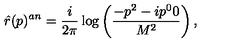
\hat { r } ( p ) ^ { a n } = \frac { i } { 2 \pi } \log \left( \frac { - p ^ { 2 } - i p ^ { 0 } 0 } { M ^ { 2 } } \right) ,